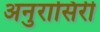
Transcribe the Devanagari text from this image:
अनुरासिरी